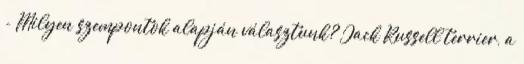
- Milyen szempontok alapján választunk? Jack Russell terrier, a